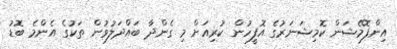
އިންފޮމޭޝަން ކޮމިޝަނަރުގެ އޮފީހުން ކުރިއަށް މި ގެންދާ ބައްދަލުވުން ތަކުގެ އެންމެ ބޮޑު